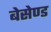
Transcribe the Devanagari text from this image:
बेसेण्ड